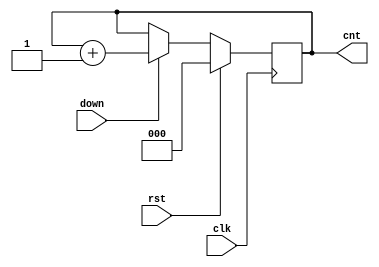
module down_count(
input clk,rst,
input down,
  output reg[2:0] cnt);
  always@(posedge clk) begin
    if(rst) begin
      cnt= 3'b0;
    end
    else begin
      if(down) cnt<= cnt+1'b1;   
    end
  end
endmodule